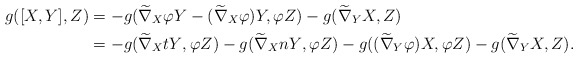
\begin{align*}g([X,Y], Z) &=-g(\widetilde\nabla_{X} \varphi Y-(\widetilde\nabla_{X}\varphi) Y,\varphi Z)-g(\widetilde\nabla_{Y}X, Z) \\ &=-g(\widetilde\nabla_{X}{tY}, \varphi Z)-g(\widetilde\nabla_{X}{nY}, \varphi Z)-g((\widetilde\nabla_{Y}\varphi) X,\varphi Z)- g(\widetilde\nabla_{Y}X, Z).\end{align*}